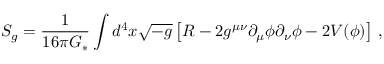
S _ { g } = \frac { 1 } { 1 6 \pi G _ { \ast } } \int d ^ { 4 } x \sqrt { - { g } } \left[ { R } - 2 { g } ^ { \mu \nu } \partial _ { \mu } \phi \partial _ { \nu } \phi - 2 { V } ( \phi ) \right] \, ,